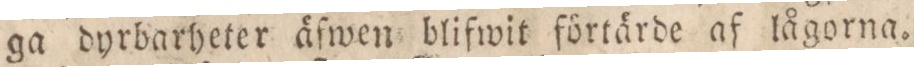
ga dyrbarheter äfwen blifwit förtärde af lågorna.